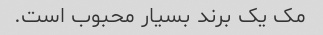
مک یک برند بسیار محبوب است.